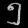
Digit: ၅